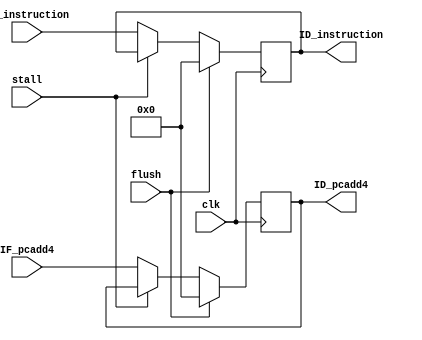
module if_id(clk, stall, flush, 
                IF_pcadd4, IF_instruction, 
                ID_pcadd4, ID_instruction);
    input clk, stall, flush;
    input [31:0] IF_pcadd4, IF_instruction;
    output [31:0] ID_pcadd4, ID_instruction;
    reg [31:0] ID_pcadd4, ID_instruction;

    initial begin
        ID_pcadd4 = 32'b0;
        ID_instruction = 32'b0;
    end
    always @ (posedge clk) begin
        if (!stall)  begin
                ID_pcadd4 <= IF_pcadd4;
                ID_instruction <= IF_instruction;
            end
        else;            
        if(flush) begin
            ID_pcadd4 <= 32'b0;
            ID_instruction <= 32'b0;
        end
        else;        
    end
endmodule